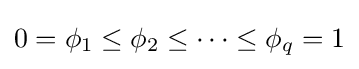
0=\phi _{1}\leq \phi _{2}\leq \dots \leq \phi _{q}=1